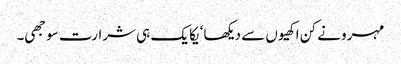
مہرو نے کن اکھیوں سے دیکھا‘ یکا یک ہی شرارت سوجھی۔